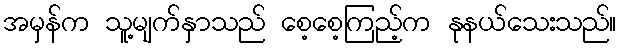
အမှန်က သူ့မျက်နှာသည် စေ့စေ့ကြည့်က နုနယ်သေးသည်။